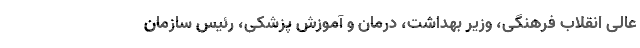
عالى انقلاب فرهنگى، وزیر بهداشت، درمان و آموزش پزشکی، رئیس سازمان